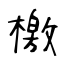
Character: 檄